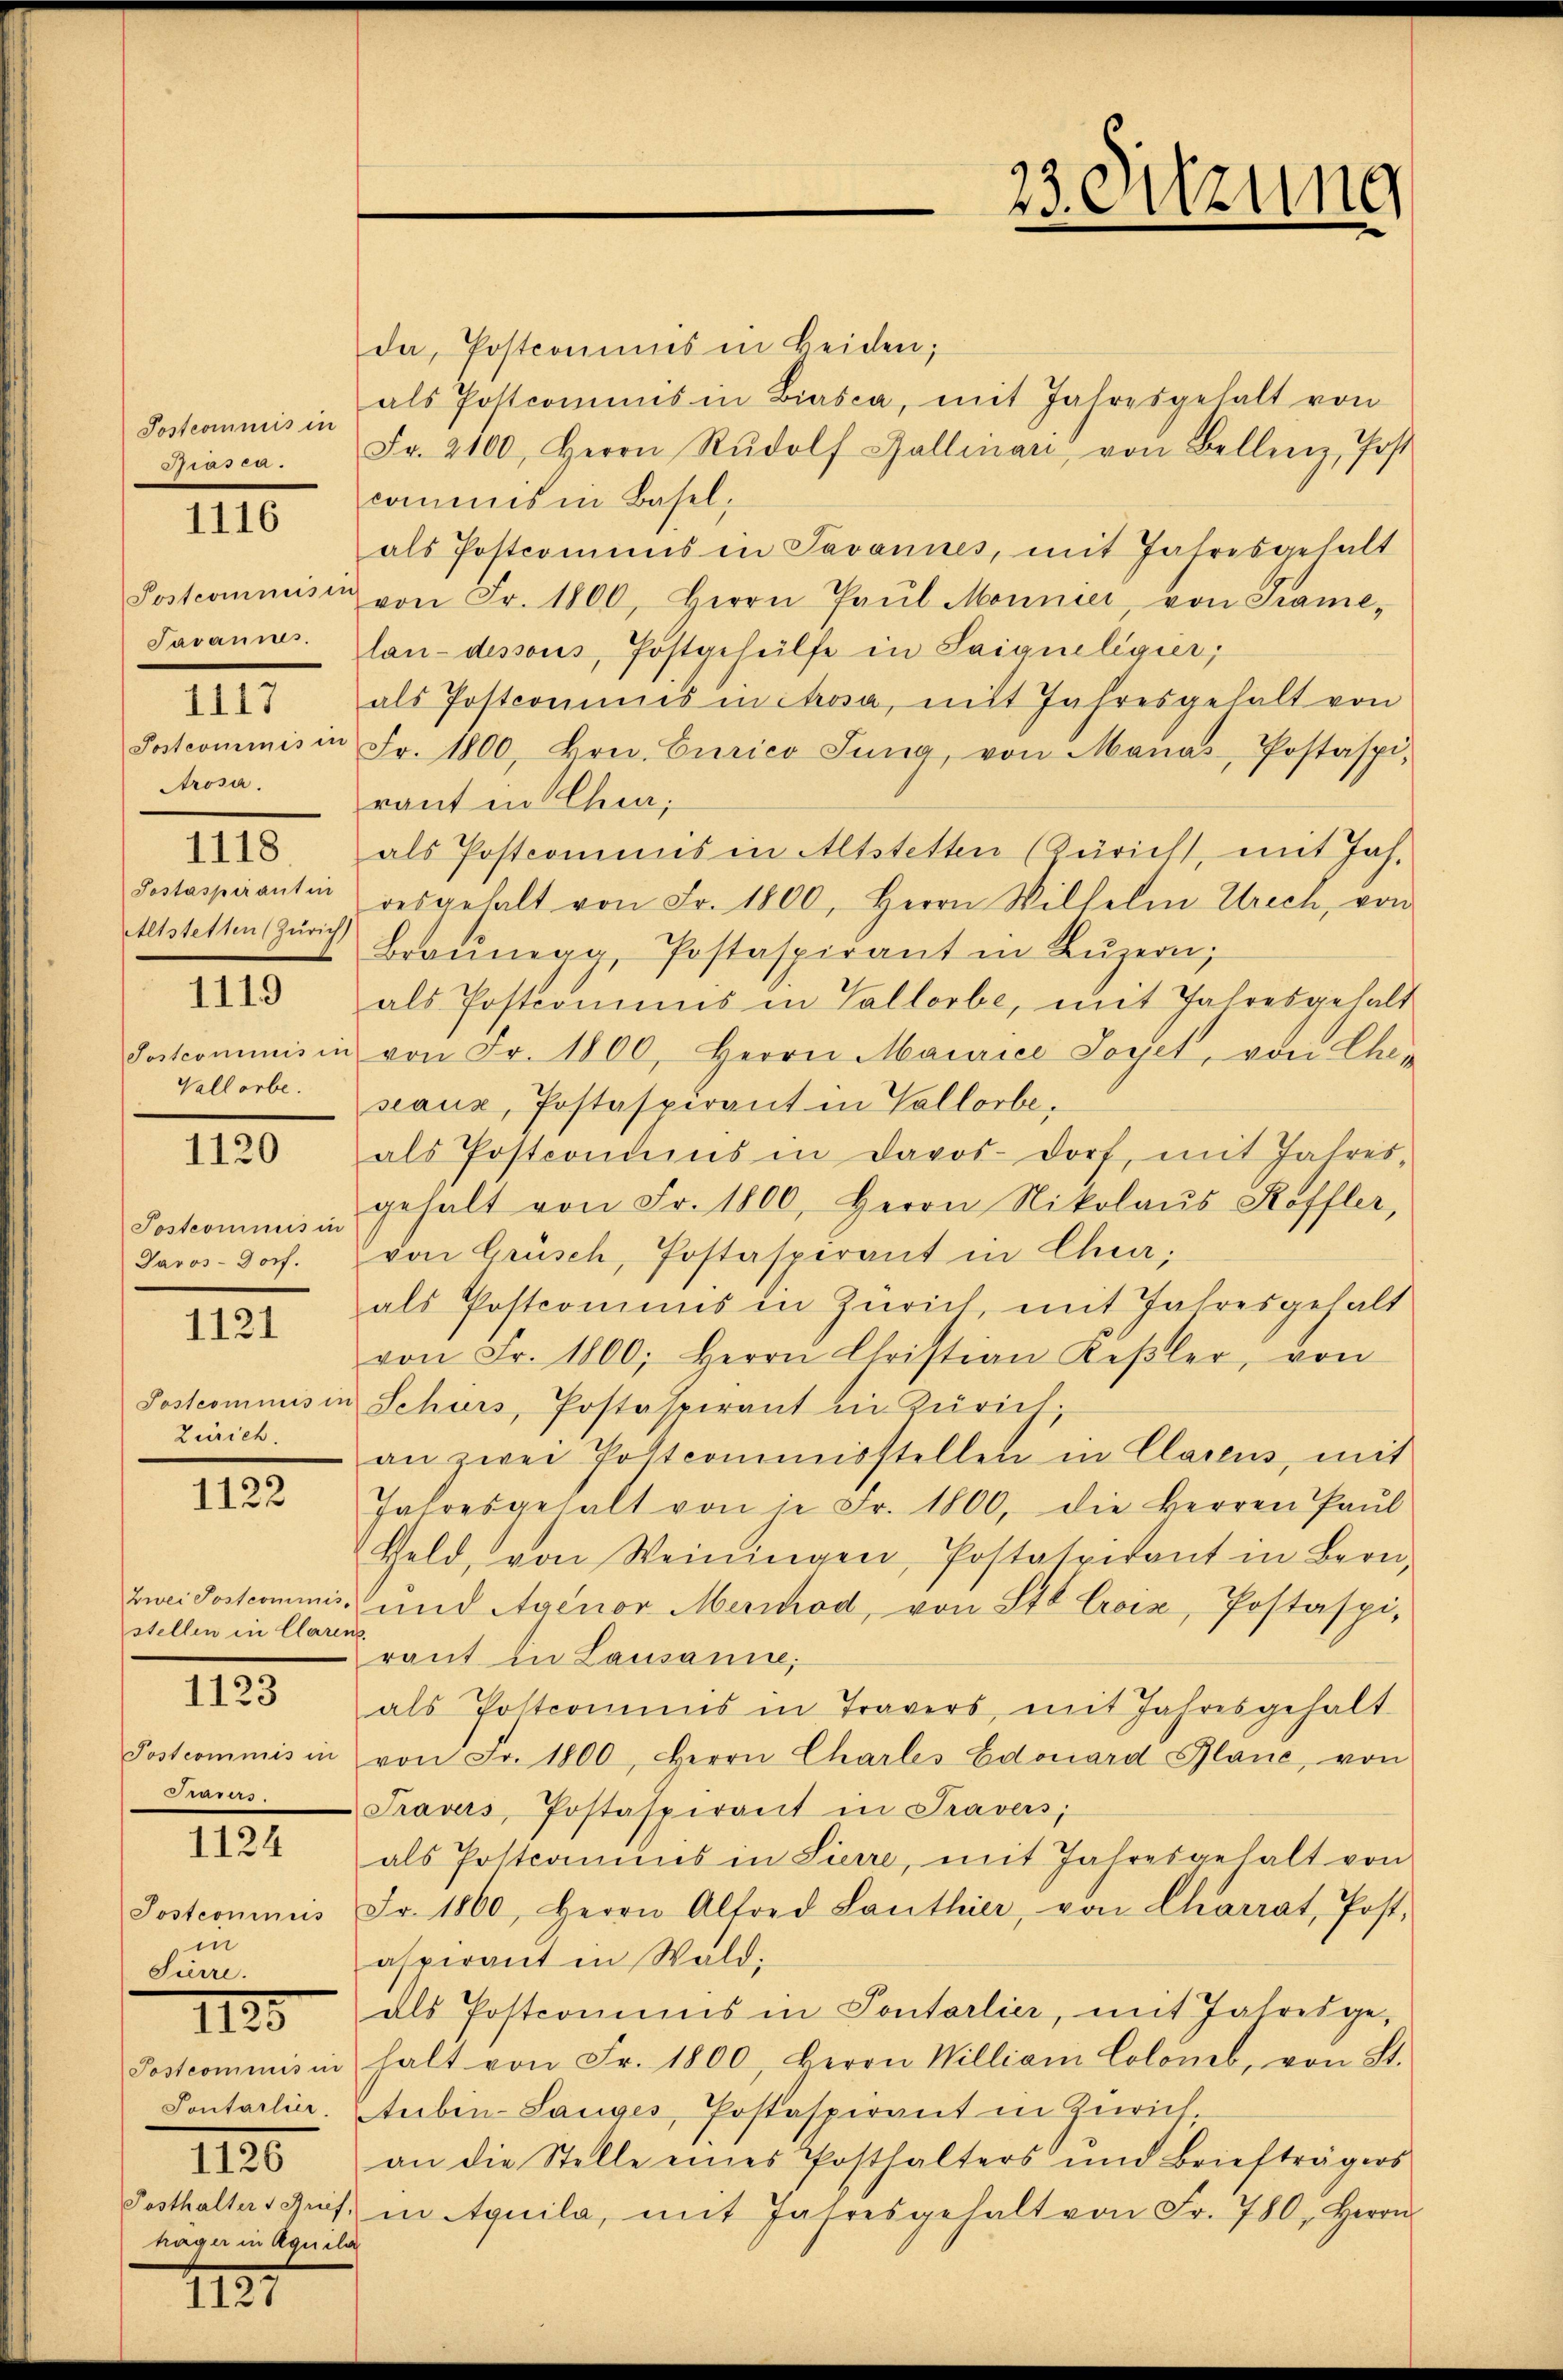
Postcommis in
 58

1116

Postcomneiser
Javannes.
Postcommis in
Prosa.
1118
Sostaspirantin
Altstetten (Zürich,

1117

1119

Postcommisi
Vallorbe.

1120

Postcommis in
Davos-13x Dorf.

1121

Postcoministr
Zürich.

1122

Zwei Postcommis-
stellen in Clares

1123

Postcommis in
n

1124

Postcommis
in
Sierre.

IIII.

Postcommis in
Pontarlier.

IIII.

häger in Aquilo

1121

da, Postconius in beiden;
als Postcommis in Biasca, mit Jahresgehalt von
Fr. 2100. Herrn Rŭdolf Gallinari von Bellenz, Post
commis in Basel,
als Postcomins in Tavannes, mit Jahresgehalt
von Fr. 1800, Herrn Paŭl Monnier, von Trame,
lau-dessous, Postgehülfe in Saigueligier
als Postcommis in Strosa, mit Jahresgehalt von
Fr. 1800, Hrn. Curico Jung, von Manas, Postaspi
raut in Chur.
als Postcommis in Altstetten (Züricht, mit Jah-
desgehalt von Fr. 1800, Herrn Wilhelm Ulrich, von
Braunaa-Postaspirant in Lŭzern,
als Postcommis in Vallorbe, mit Jahresgehalt
von Fr. 1800, Herrn Maurice Loset, von Cha-
seaux, Postaspirant in Vallorbe,
als Postcomies in Davos- Dorf, mit Jahres-
gehalt von Fr. 1800, Herrn Nikolaus Stoffler,
von Grüsch, Postaspirant in Chur;
als Postcomuns in Zürich, mit Jahresgehalt
von Fr. 1800; Herrn Christian Keβler, von
Schurs, Postaspirant in Zürich.
an zwei Postcommisstellen in Clarens, mit
Jahresgehalt von in Fr. 1800, die Herren Paŭl
Geld, von Weiningen, Postatridant in Bern,
und Agenor Merchod, von St. Croix, Postaspi-
raut in Lausanne;
als Postcommis in Travers, mit Jahresgehalt
von Fr. 1800, Herrn Charles Edouard Blanc, von
Travers, Postaspirant in Pravers,
als Postcomicis in Sierre, mit Jahresgehalt von
Fr. 1860, Herrn Alford Lanthier, von Charrat, Post-
aspirant in Wald,
als Postcommis in Pontarlier, mit Jahresgehalt von Fr. 1800, Herrn William Coloneb, von St.
tubin-Langes, Postaspirant in Zürich
an die Stelle eines Posthalters und Briefträgers
Posthalters Ges. in Aquila, mit Jahresgehalt von Fr. 780, Herrn

23. Sitzung